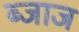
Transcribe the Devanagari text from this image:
ब्जाज